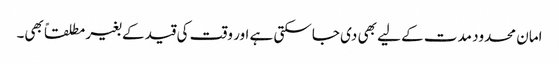
امان محدود مدت کے لیے بھی دی جاسکتی ہے اور وقت کی قید کے بغیر مطلقاً بھی۔